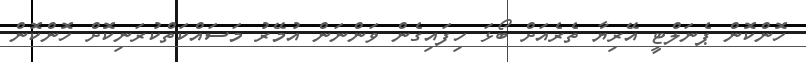
ހޮންކޮން ޕެނަލްޓީ އޭރިޔާ ތެރެއަށް ބޯޅަ ހިފައިގެން ވަންނަން އުމޭރު މަސައްކަތްކުރަނިކޮށް ހޮންކޮން